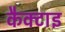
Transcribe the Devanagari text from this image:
कैक्टाइ